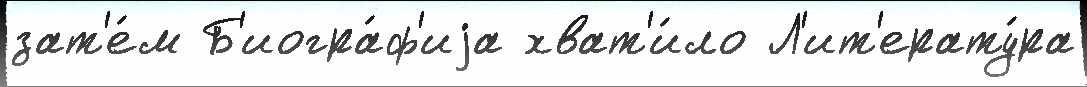
зат'е́м Б'иогра́ф'иjа хват'и́ло Л'ит'ерату́ра